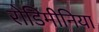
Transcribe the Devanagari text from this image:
रोडिमीनिया